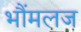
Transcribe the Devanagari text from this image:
भौंमलज